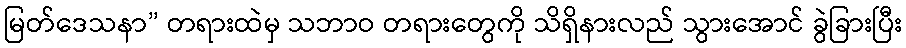
မြတ်ဒေသနာ” တရားထဲမှ သဘာဝ တရားတွေကို သိရှိနားလည် သွားအောင် ခွဲခြားပြီး